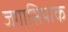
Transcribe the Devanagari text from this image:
जगासियाक